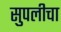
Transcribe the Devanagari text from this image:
सुपलीचा